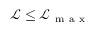
\mathcal { L } \leq \mathcal { L } _ { \mathrm { ~ m ~ a ~ x ~ } }